Vaccine operations Central Provinces & Berar 1922-1929 - 1922-1929
Year: 1922
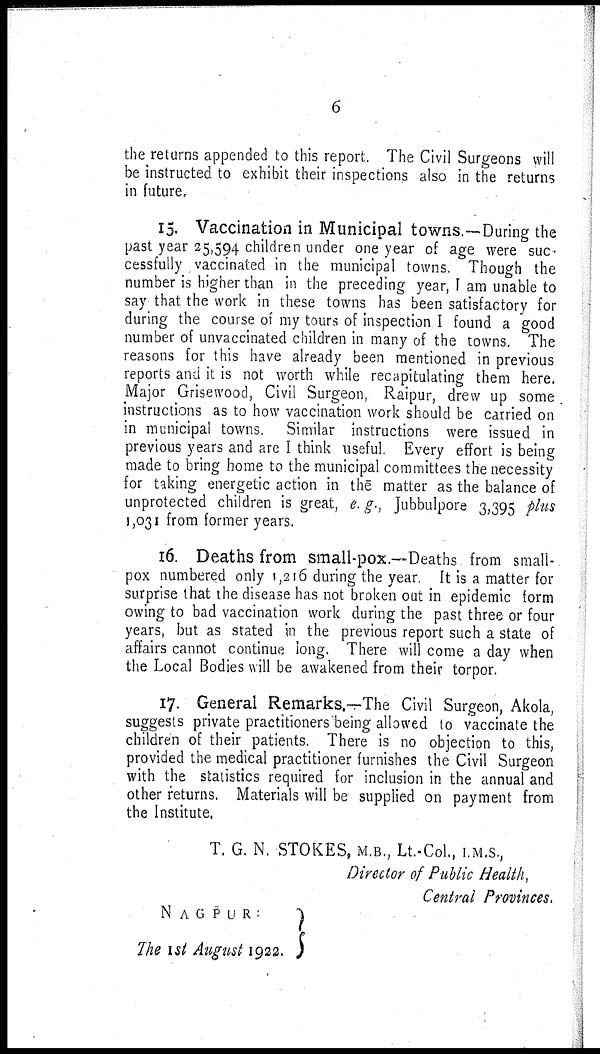
6
the returns appended to this report. The Civil Surgeons will
be instructed to exhibit their inspections also in the returns
in future.
15. Vaccination in Municipal towns.—-During the
past year 25,594 children under one year of age were suc-
cessfully vaccinated in the municipal towns. Though the
number is higher than in the preceding year, I am unable to
say that the work in these towns has been satisfactory for
during the course of my tours of inspection I found a good
number of unvaccinated children in many of the towns. The
reasons for this have already been mentioned in previous
reports and it is not worth while recapitulating them here.
Major Grisewood, Civil Surgeon, Raipur, drew up some
instructions as to how vaccination work should be carried on
in municipal towns. Similar instructions were issued in
previous years and are I think useful. Every effort is being
made to bring home to the municipal committees the necessity
for taking energetic action in the matter as the balance of
unprotected children is great, e. g., Jubbulpore 3,395 plus
1,031 from former years.
16. Deaths from small-pox.—Deaths from small-
pox numbered only 1,216 during the year. It is a matter for
surprise that the disease has not broken out in epidemic form
owing to bad vaccination work during the past three or four
years, but as stated in the previous report such a state of
affairs cannot continue long. There will come a day when
the Local Bodies will be awakened from their torpor.
17. General Remarks.—The Civil Surgeon, Akola,
suggests private practitioners being allowed to vaccinate the
children of their patients. There is no objection to this,
provided the medical practitioner furnishes the Civil Surgeon
with the statistics required for inclusion in the annual and
other returns. Materials will be supplied on payment from
the Institute.
T. G. N. STOKES, M.B., Lt.-Col., I.M.S.,
Director of Public Health,
Central Provinces.
NAGPUR:
The 1st August 1922. )